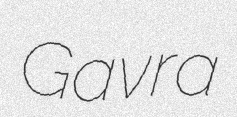
Gavra